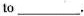
to ___.